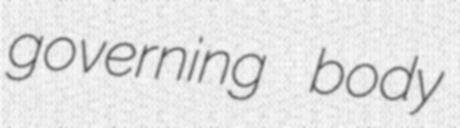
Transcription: governing body